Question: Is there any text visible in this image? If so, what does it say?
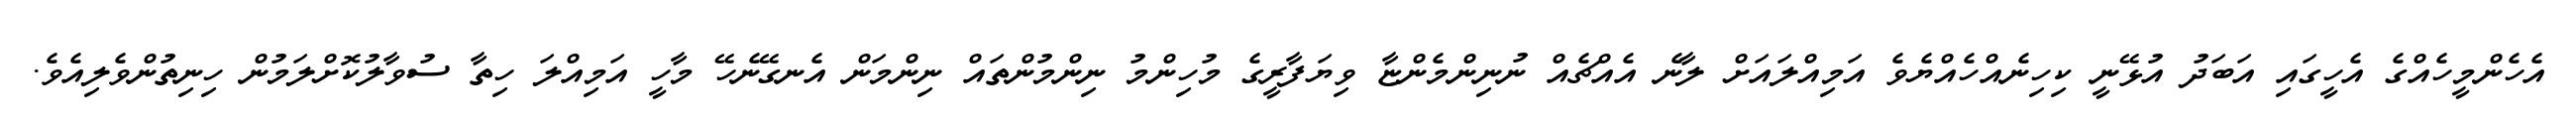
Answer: އެހެންމީހެއްގެ އެހީގައި އަބަދު އުޅޭނީ ކިހިނެއްހެއްޔެވެ އަމިއްލައަށް ލާނެ އެއްޗެއް ނުނިންމެންޏާ ވިޔަފާރީގެ މުހިންމު ނިންމުންތައް ނިންމަން އެނގޭނެހޭ މާހީ އަމިއްލަ ހިތާ ސުވާލުކޮށްލަމުން ހިނިތުންވެލިއެވެ.